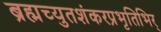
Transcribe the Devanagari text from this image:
ब्रह्मच्युतशंकरप्रभृतिभिर्‌